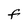
Character: F